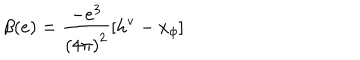
\beta ( e ) = \frac { - e ^ { 3 } } { \left( 4 \pi \right) ^ { 2 } } \left[ h ^ { \textrm { v } } - x _ { \phi } \right]